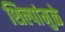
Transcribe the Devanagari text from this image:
शिल्पांमुळे